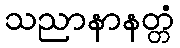
သညာနာနတ္တံ